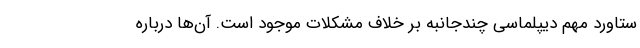
ستاورد مهم دیپلماسی چندجانبه بر خلاف مشکلات موجود است. آن‌ها درباره